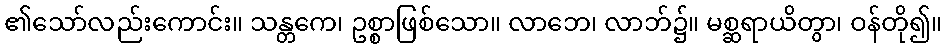
၏သော်လည်းကောင်း။ သန္တကေ၊ ဥစ္စာဖြစ်သော။ လာဘေ၊ လာဘ်၌။ မစ္ဆရာယိတွာ၊ ဝန်တို၍။